Report of the Indian Hemp Drugs Commission, 1894-1895 - Volume V
Year: 1894
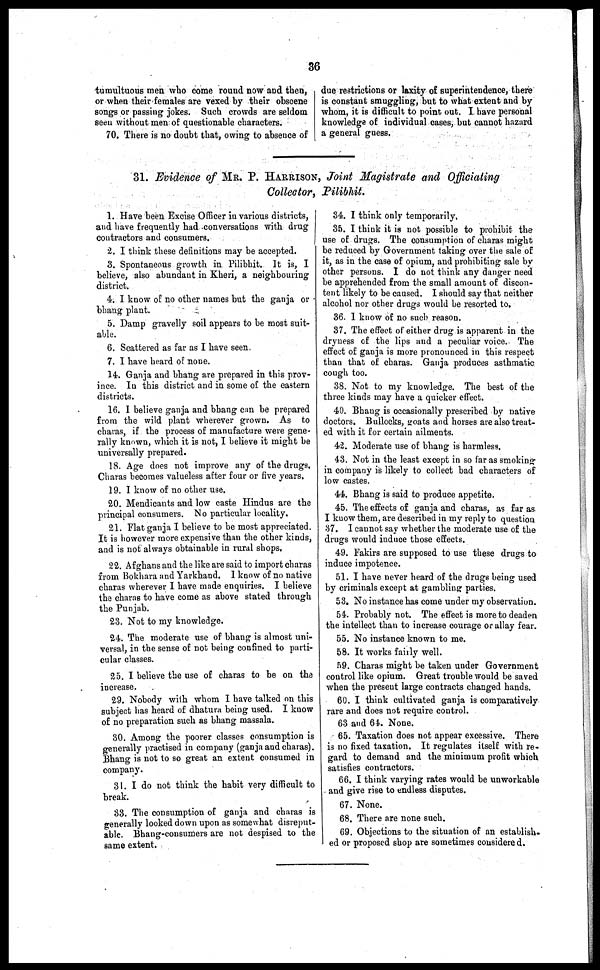
36
tumultuous men who come round now and then,
or when their females are vexed by their obscene
songs or passing jokes. Such crowds are seldom
seen without men of questionable characters.
70. There is no doubt that, owing to absence of
due restrictions or laxity of superintendence, there
is constant smuggling, but to what extent and by
whom, it is difficult to point out. I. have personal
knowledge of individual
but cannot hazard
a general guess.
31. Evidence of MR. P. HARRISON, Joint Magistrate and Officiating
Collector, Pilibhit.
1. Have been Excise Officer in various districts,
and have frequently had conversations with drug
contractors and consumers.
2. I think these definitions may be accepted.
3. Spontaneous growth in Pilibhit. It is, I
believe, also abundant in Kheri, a neighbouring
district.
4. I know of no other names but the ganja or
bhang plant.
5. Damp gravelly soil appears to be most suit-
able.
6. Scattered as far as I have seen.
7. I have heard of none.
14. Ganja and bhang are prepared in this prov-
ince. In this district and in some of the eastern
districts.
16. I believe ganja and bhang can be prepared
from the wild plant wherever grown. As to
charas, if the process of manufacture were gene-
rally known, which it is not, I believe it might be
universally prepared.
18. Age does not improve any of the drugs.
Charas becomes valueless after four or five years.
19. I know of no other use.
20. Mendicants and low caste Hindus are the
principal consumers. No particular locality,
21. Flat ganja I believe to be most appreciated.
It is however more expensive than the other kinds,
and is not always obtainable in rural shops.
22. Afghans and the like are said to import charas
from Bokhara and Yarkhand. I know of no native
charas wherever I have made enquiries. I believe
the charas to have come as above stated through
the Punjab.
23. Not to my knowledge.
24. The moderate use of bhang is almost uni-
versal, in the sense of not being confined to parti-
cular classes.
25. I believe the use of charas to be on the
increase.
29. Nobody with whom I have talked on this
subject has heard of dhatura being used. I know
of no preparation such as bhang massala.
30. Among the poorer classes consumption is
generally practised in company (ganja and charas).
Bhang is not to so great an extent consumed in
company.
31. I do not think the habit very difficult to
break.
33. The consumption of ganja and charas is
generally looked down upon as somewhat disreput-
able. Bhang-consumers are not despised to the
same extent.
34. I think only temporarily,
35. I think it is not possible to prohibit the
use of drugs. The consumption of charas might
be reduced by Government taking over the sale of
it, as in the case of opium, and prohibiting sale by
other persons. I do not think any danger need
be apprehended from the small amount of discon-
tent likely to be caused. I should say that neither
alcohol nor other drugs would be resorted to.
36. 1 know of no such reason.
37. The effect of* either drug is apparent in the
dryness of the lips and a peculiar voice. The
effect of ganja is more pronounced in this respect
than that of charas. Ganja produces asthmatic
cough too.
38. Not to my knowledge. The best of the
three kinds may have a quicker effect.
40. Bhang is occasionally prescribed by native
doctors. Bullocks, goats and horses are also treat-
ed with it for certain ailments.
42. Moderate use of bhang is harmless.
43. Not in the least except in so far as smoking
in company is likely to collect bad characters of
low castes.
44. Bhang is said to produce appetite.
45. The effects of ganja and charas, as far as
I know them, are described in my reply to question
37. I cannot say whether the moderate use of the
drugs would induce those effects.
49. Fakirs are supposed to use these drugs to
induce impotence.
51. I have never heard of the drugs being used
by criminals except at gambling parties.
53. No instance has come under my observation.
54. Probably not. The effect is more to deaden
the intellect than to increase courage or allay fear.
55. No instance known to me.
58. It works fairly well.
59. Charas might be taken under Government
control like opium. Great trouble would be saved
when the present large contracts changed hands.
60. I think cultivated ganja is comparatively
rare and does not require control.
63 and 64. None.
65. Taxation does not appear excessive. There
is no fixed taxation. It regulates itself with re-
gard to demand and the minimum profit which
satisfies contractors.
66. I think varying rates would be unworkable
and give rise to endless disputes.
67. None.
68. There are none such.
69. Objections to the situation of an establish-
ed or proposed shop are sometimes considered.